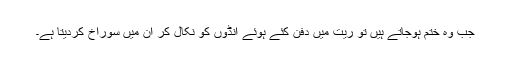
جب وہ ختم ہوجاتے ہیں تو ریت میں دفن کئے ہوئے انڈوں کو نکال کر ان میں سوراخ کردیتا ہے۔